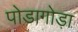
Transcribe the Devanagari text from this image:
पोडागोड़ा